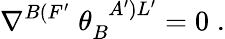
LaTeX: \nabla^{B(F^{\prime}}\; \theta_{B}^{\; \; A^{\prime})L^{\prime}}=0\; .